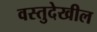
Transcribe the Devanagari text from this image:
वस्तुदेखील